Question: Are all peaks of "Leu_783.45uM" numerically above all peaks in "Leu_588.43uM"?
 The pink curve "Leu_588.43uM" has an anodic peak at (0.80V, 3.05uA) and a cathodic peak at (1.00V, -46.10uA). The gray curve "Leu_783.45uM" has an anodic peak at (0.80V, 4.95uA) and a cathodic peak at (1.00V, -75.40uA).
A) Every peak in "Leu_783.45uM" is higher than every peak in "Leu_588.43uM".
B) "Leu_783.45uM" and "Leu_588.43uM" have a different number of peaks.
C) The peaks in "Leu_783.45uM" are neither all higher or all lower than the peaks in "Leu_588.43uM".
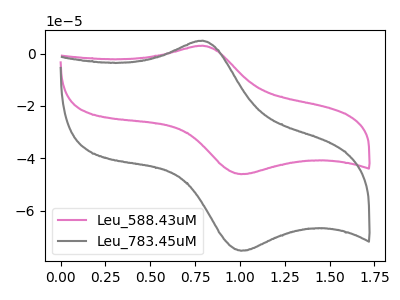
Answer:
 <answer>A) Every peak in "Leu_783.45uM" is higher than every peak in "Leu_588.43uM".</answer>
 <eval>A</eval>